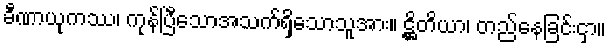
ခီဏာယုကဿ၊ ကုန်ပြီသောအသက်ရှိသောသူအား။ ဋ္ဌိတိယာ၊ တည်နေခြင်းငှာ။